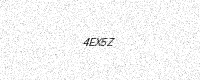
Text: 4EX5Z